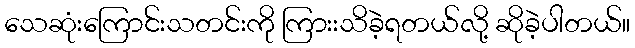
သေဆုံးကြောင်းသတင်းကို ကြားးသိခဲ့ရတယ်လို့ ဆိုခဲ့ပါတယ်။